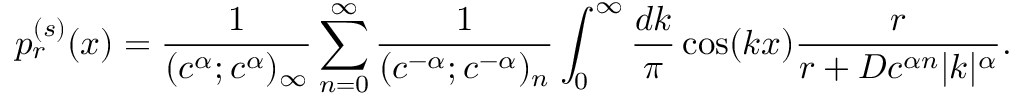
p _ { r } ^ { ( s ) } ( x ) = \frac { 1 } { ( c ^ { \alpha } ; c ^ { \alpha } ) _ { \infty } } \sum _ { n = 0 } ^ { \infty } \frac { 1 } { ( c ^ { - \alpha } ; c ^ { - \alpha } ) _ { n } } \int _ { 0 } ^ { \infty } \frac { d k } { \pi } \cos ( k x ) \frac { r } { r + D c ^ { \alpha n } | k | ^ { \alpha } } .